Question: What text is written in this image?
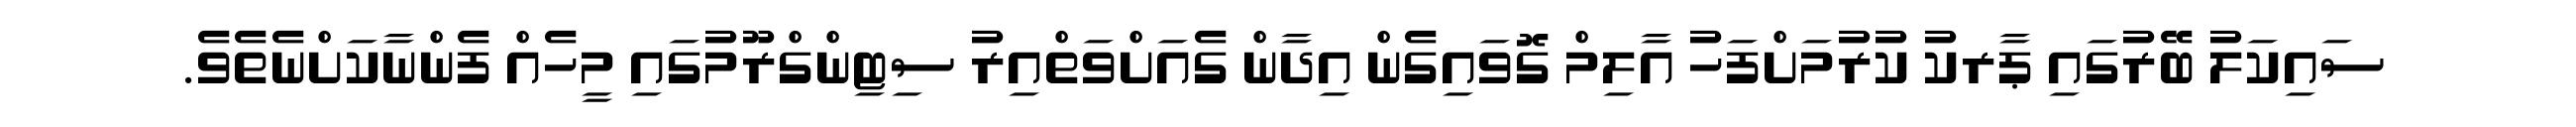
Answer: ސައިކަލު ބޭރުގައި ޕާރކު ކުރުމަށްފަހު އާލިމް ގޮވައިގެން އިދާން ގެއަށްވަތްއިރު ސިޓިންގްރޫމުގައި މީހެއް ފެންނާކަށްނެތެވެ.